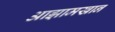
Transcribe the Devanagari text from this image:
आझामखान